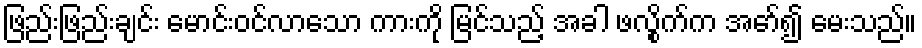
ဖြည်းဖြည်းချင်း မောင်းဝင်လာသော ကားကို မြင်သည့် အခါ ဖလွိုက်က အော်၍ မေးသည်။